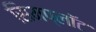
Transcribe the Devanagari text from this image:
सिमप्लॉट